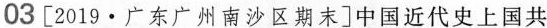
03[2019·广东广州南沙区期末]中国近代史上国共